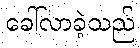
ခေါ်လာခဲ့သည်